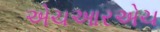
એચઆરએચ